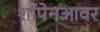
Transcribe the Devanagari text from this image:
शॉपेनआवर